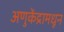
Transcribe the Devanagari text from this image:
अणुकेंद्रामधून